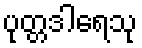
ပုတ္တဒါရေသု